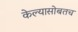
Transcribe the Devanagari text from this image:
केल्यासोबतच